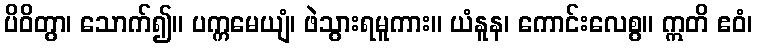
ပိဝိတွာ၊ သောက်၍။ ပက္ကမေယျံ၊ ဖဲသွားရမူကား။ ယံနူန၊ ကောင်းလေစွ။ ဣတိ ဧဝံ၊